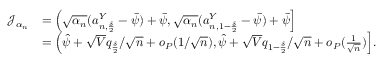
\begin{array} { r l } { \mathcal { J } _ { \alpha _ { n } } } & { = \left( \sqrt { \alpha _ { n } } ( a _ { n , \frac { \delta } { 2 } } ^ { Y } - \bar { \psi } ) + \bar { \psi } , \sqrt { \alpha _ { n } } ( a _ { n , 1 - \frac { \delta } { 2 } } ^ { Y } - \bar { \psi } ) + \bar { \psi } \right] } \\ & { = \Big ( \hat { \psi } + \sqrt { V } q _ { \frac { \delta } { 2 } } / \sqrt { n } + o _ { P } ( 1 / \sqrt { n } ) , \hat { \psi } + \sqrt { V } q _ { 1 - \frac { \delta } { 2 } } / \sqrt { n } + o _ { P } ( \frac { 1 } { \sqrt { n } } ) \Big ] . } \end{array}